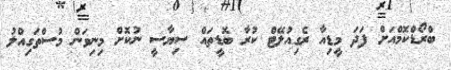
ބްރޯޑްކޮމްއަށް ފަދަ މީޑިއާ ރެގިއުލޭޓް ކުރާ ބޮޑީތައް ސިޔާސީ ނުކޮށް މިނިވަން މުސްތަގިއްލު